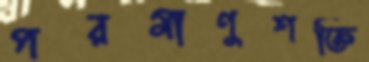
পরমাণুশক্তি